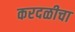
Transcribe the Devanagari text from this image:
करदळीचा